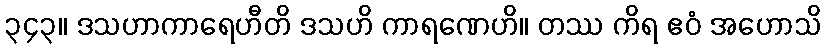
၃၄၃။ ဒသဟာကာရေဟီတိ ဒသဟိ ကာရဏေဟိ။ တဿ ကိရ ဧဝံ အဟောသိ